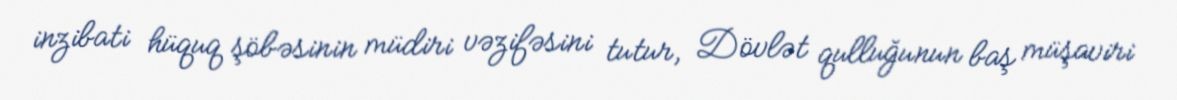
inzibati hüquq şöbəsinin müdiri vəzifəsini tutur, Dövlət qulluğunun baş müşaviri